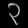
Digit: ၃